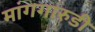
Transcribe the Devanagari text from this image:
मांगगारुडी